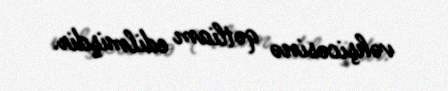
vəhşicəsinə qətliam edilmişdir.